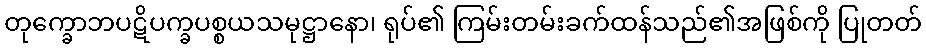
တုက္ခောဘပဋိပက္ခပစ္စယသမုဋ္ဌာနော၊ ရုပ်၏ ကြမ်းတမ်းခက်ထန်သည်၏အဖြစ်ကို ပြုတတ်